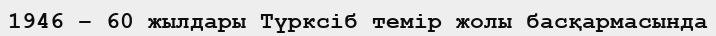
1946 – 60 жылдары Түрксіб темір жолы басқармасында